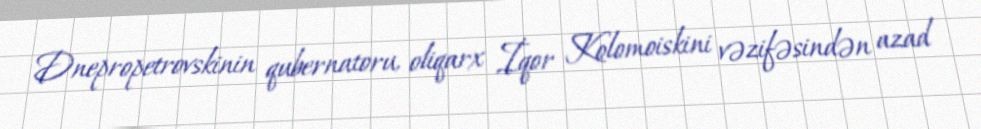
Dnepropetrovskinin qubernatoru, oliqarx İqor Kolomoiskini vəzifəsindən azad